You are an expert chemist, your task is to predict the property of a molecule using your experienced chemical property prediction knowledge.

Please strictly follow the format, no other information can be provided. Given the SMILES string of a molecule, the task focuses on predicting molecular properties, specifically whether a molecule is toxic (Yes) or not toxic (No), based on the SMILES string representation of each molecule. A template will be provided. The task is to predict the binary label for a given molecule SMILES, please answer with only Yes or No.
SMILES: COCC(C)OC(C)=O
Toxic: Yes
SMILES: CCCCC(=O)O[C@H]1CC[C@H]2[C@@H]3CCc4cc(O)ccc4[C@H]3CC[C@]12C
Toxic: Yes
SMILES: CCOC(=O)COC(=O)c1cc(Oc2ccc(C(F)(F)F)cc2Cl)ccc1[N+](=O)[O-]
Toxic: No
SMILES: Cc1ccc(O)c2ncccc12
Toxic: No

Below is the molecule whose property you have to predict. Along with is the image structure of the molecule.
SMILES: N=C(N)NN=Cc1c(Cl)cccc1Cl
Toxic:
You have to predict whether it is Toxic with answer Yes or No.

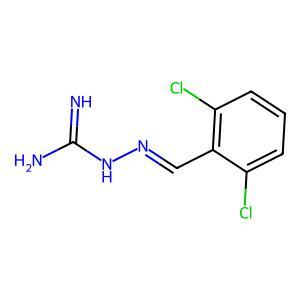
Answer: No